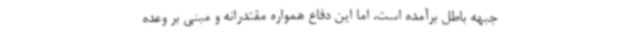
جبهه باطل برآمده است، اما این دفاع همواره مقتدرانه و مبنی بر وعده